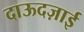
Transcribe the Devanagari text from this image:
दाऊदज़ाई